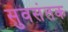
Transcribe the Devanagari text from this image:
सुवसंतक